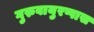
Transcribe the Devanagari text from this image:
गुरुवायुरप्पास